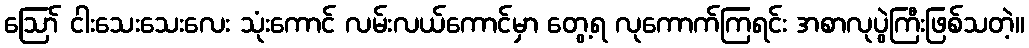
ဪ ငါးသေးသေးလေး သုံးကောင် လမ်းလယ်ကောင်မှာ တွေ့ရ လုကောက်ကြရင်း အစာလုပွဲကြီးဖြစ်သတဲ့။